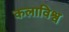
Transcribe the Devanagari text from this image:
कलाविश्व